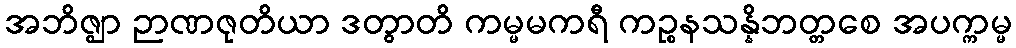
အဘိဇ္ဈာ ဉာဏဇုတိယာ ဒတွာတိ ကမ္မမကရီ ကဉ္စနသန္နိဘတ္တစေ အပက္ကမ္မ